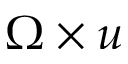
\Omega \times u